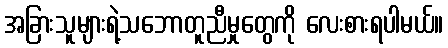
အခြားသူများရဲ့သဘောတူညီမှုတွေကို လေးစားရပါမယ်။